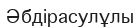
Әбдірасулұлы